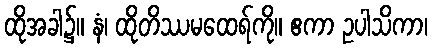
ထိုအခါ၌။ နံ၊ ထိုတိဿမထေရ်ကို။ ဧကာ ဥပါသိကာ၊